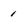
Character: i